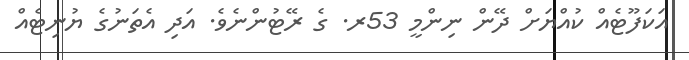
އަކަފޫޓެއް ކުއްޔަށް ދޭން ނިންމީ 53ރ. ގެ ރޭޓުންނެވެ. އަދި އެތަނުގެ ޔުނިޓެއް